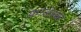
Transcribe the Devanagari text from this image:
फ्राडेस्क